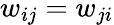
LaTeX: w_{ij}=w_{ji}